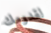
لقدومك